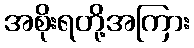
အစိုးရတို့အကြား